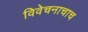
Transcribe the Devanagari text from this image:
विवेचनाचाच